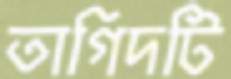
তাগিদটি